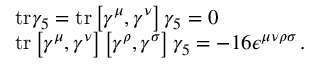
\begin{array} { r l } & { \mathrm { t r } \gamma _ { 5 } = \mathrm { t r } \left[ \gamma ^ { \mu } , \gamma ^ { \nu } \right] \gamma _ { 5 } = 0 } \\ & { \mathrm { t r } \left[ \gamma ^ { \mu } , \gamma ^ { \nu } \right] \left[ \gamma ^ { \rho } , \gamma ^ { \sigma } \right] \gamma _ { 5 } = - 1 6 \epsilon ^ { \mu \nu \rho \sigma } \, . } \end{array}